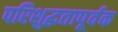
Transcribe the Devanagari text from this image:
परिशुद्धतापूर्वक